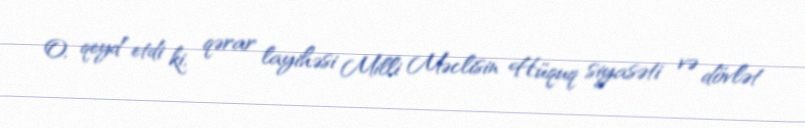
O, qeyd etdi ki, qərar layihəsi Milli Məclisin Hüquq siyasəti və dövlət